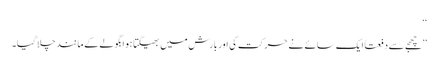
‘‘
’’چھجے سے دفعتاً ایک سائے نے حرکت کی اور بارش میں بھیگتا ہوا بگولے کے مانند چلا گیا۔